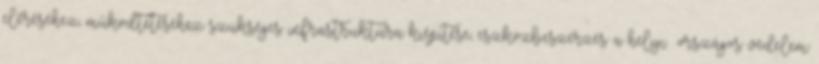
eléréséhez, működtetéséhez szükséges infrastruktúra kiépítése, eszközbeszerzés a helyi országos védelem